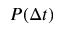
P ( \Delta t )